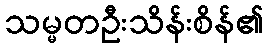
သမ္မတဦးသိန်းစိန်၏